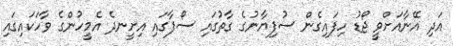
އަދި އޭނާއަށްވީ ޖޯޑު ހިފައިގެން ސުފިޔާނުގެ ގާތުގައި ސޯފާގައި އިށީނދެ އެމީހުންގެ ވާހަކައިގައި